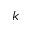
k